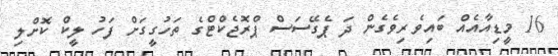
16 މީޑިއާއެއް ބައިވެރިވެގެންް ދަ ޕެގޭސަސް ޕްރޮޖެކްޓްގެ ތަހުގީގަށް ފަހު ލީކް ކޮށްލި